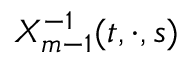
X _ { m - 1 } ^ { - 1 } ( t , \cdot , s )